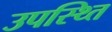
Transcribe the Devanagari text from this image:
उपस्थ्ति